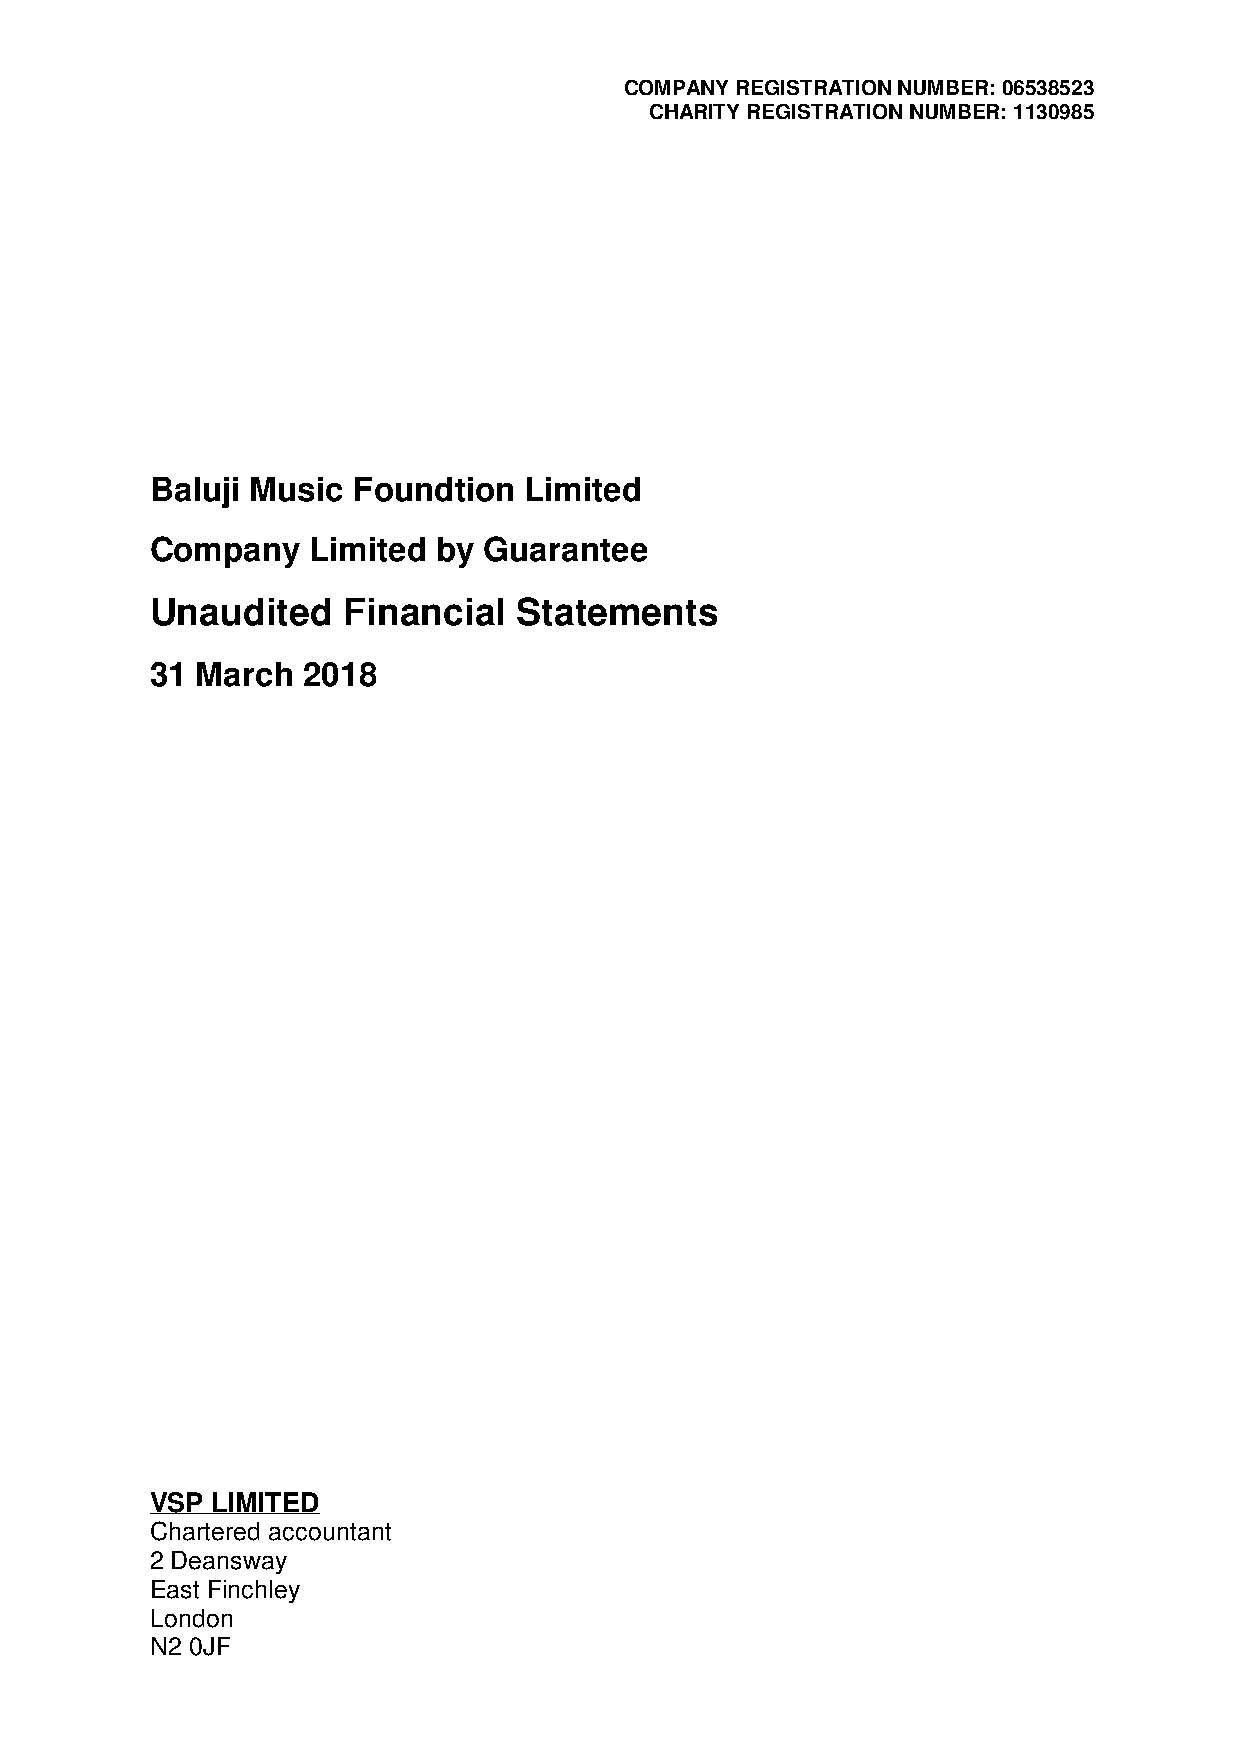
COMPANY REGISTRATION NUMBER: 06538523
 CHARITY REGISTRATION NUMBER: 1130985
 Baluji Music Foundtion   Limited
 Company    Limited by Guarantee
 Unaudited    Financial  Statements
 31 March  2018
 VSP LIMITED
 Chartered accountant
 2 Deansway
 East Finchley
 London
 N2 0JF